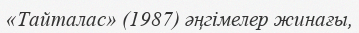
«Тайталас» (1987) әңгімелер жинағы,